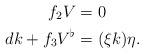
LaTeX: \begin{align*}f_2V&=0 \\dk+f_3V^\flat&=(\xi k)\eta. \end{align*}